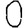
Digit: 0